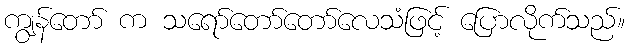
ကျွန်တော် က သရော်တော်တော်လေသံဖြင့် ပြောလိုက်သည်။